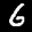
Digit: 6